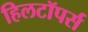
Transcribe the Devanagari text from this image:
हिलटॉपर्स